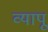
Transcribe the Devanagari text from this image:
व्यापू